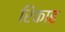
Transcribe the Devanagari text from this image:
रिंकाह